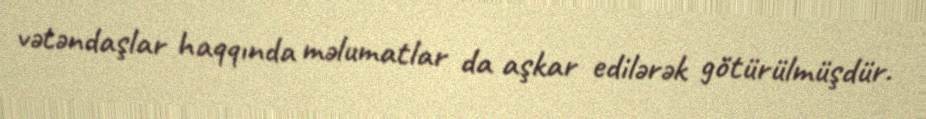
vətəndaşlar haqqında məlumatlar da aşkar edilərək götürülmüşdür.